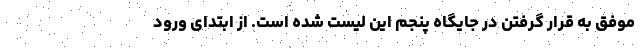
موفق به قرار گرفتن در جایگاه پنجم این لیست شده است. از ابتدای ورود